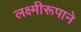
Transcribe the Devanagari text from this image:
लक्ष्मीरूपाने